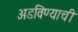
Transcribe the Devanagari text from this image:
अडविण्याची